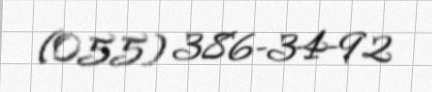
(055) 386-34-92